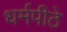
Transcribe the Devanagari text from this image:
धर्मपीठे